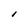
Character: l